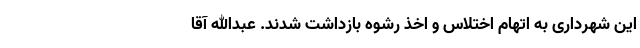
این شهرداری به اتهام اختلاس و اخذ رشوه بازداشت‌ شدند. عبدالله آقا